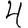
Digit: 4